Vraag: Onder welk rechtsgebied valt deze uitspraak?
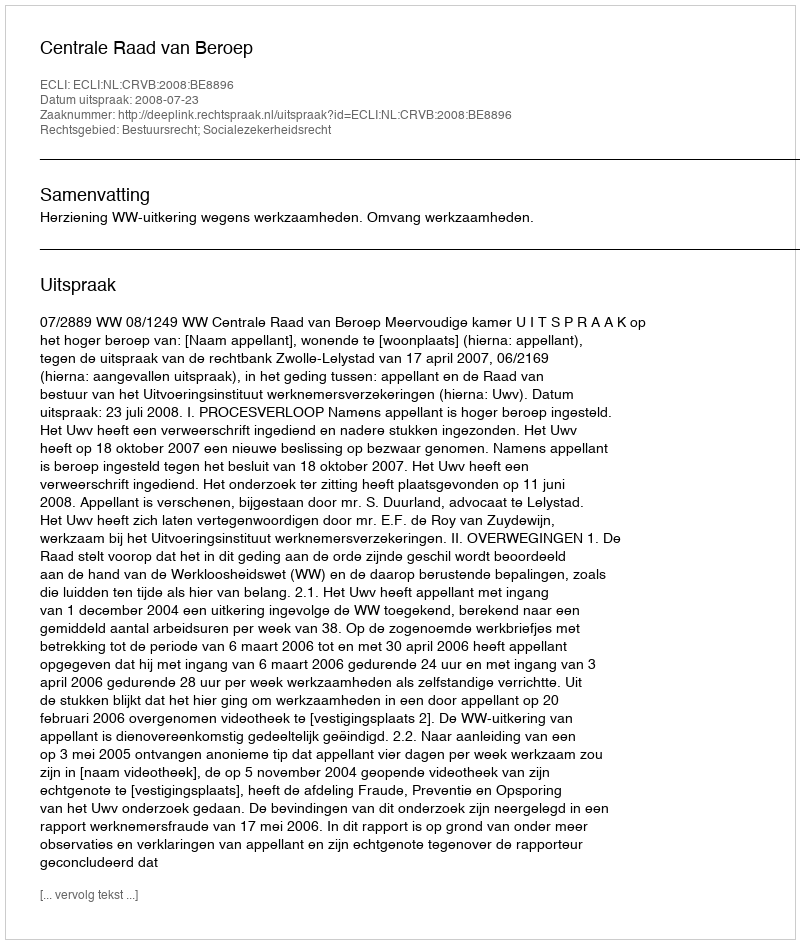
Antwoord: Bestuursrecht; Socialezekerheidsrecht